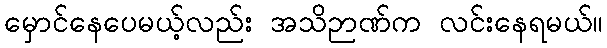
မှောင်နေပေမယ့်လည်း အသိဉာဏ်က လင်းနေရမယ်။